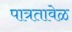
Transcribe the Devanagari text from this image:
पात्रतावेळ